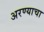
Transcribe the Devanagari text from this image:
अरण्याचा